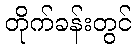
တိုက်ခန်းတွင်